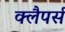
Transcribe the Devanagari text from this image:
क्लैपर्स